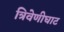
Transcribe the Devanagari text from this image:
त्रिवेणीघाट